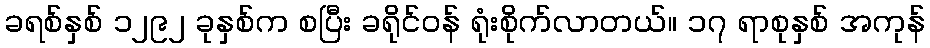
ခရစ်နှစ် ၁၂၉၂ ခုနှစ်က စပြီး ခရိုင်ဝန် ရုံးစိုက်လာတယ်။ ၁၇ ရာစုနှစ် အကုန်